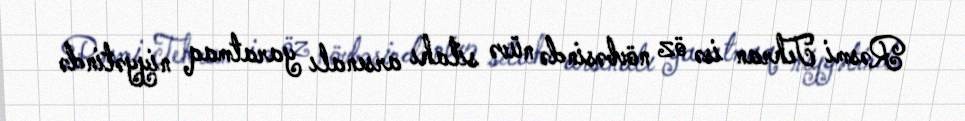
Rəsmi Tehran isə öz növbəsində nüvə silahı arsenalı yaratmaq niyyətində